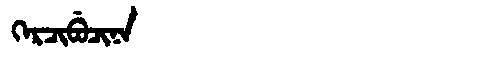
Manchu: ᡴᡝᡵᠴᡳᠪᡠᠴᡳᠨᠠ
Romanization: KERCIBUCINA